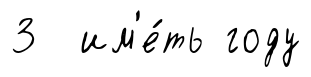
3 им'е́ть году